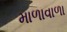
માળાવાળા